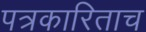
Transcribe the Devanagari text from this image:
पत्रकारिताच